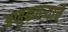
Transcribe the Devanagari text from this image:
अणुकचऱ्याचे